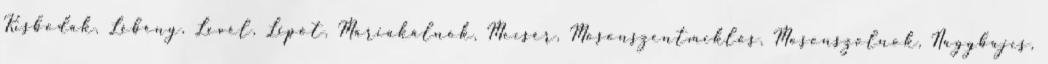
Kisbodak, Lébény, Levél, Lipót, Máriakálnok, Mecsér, Mosonszentmiklós, Mosonszolnok, Nagybajcs,